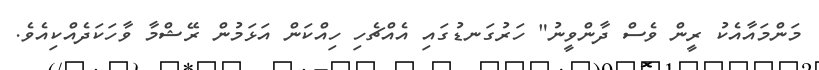
މަންމައާއެކު ރީން ވެސް ދާންވީނު" ހަރުގަނޑުގައި އެއްޗެހި ހިއްކަން އަޅަމުން ރޭޝްމާ ވާހަކަދެއްކިއެވެ.